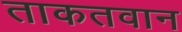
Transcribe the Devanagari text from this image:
ताकतवान